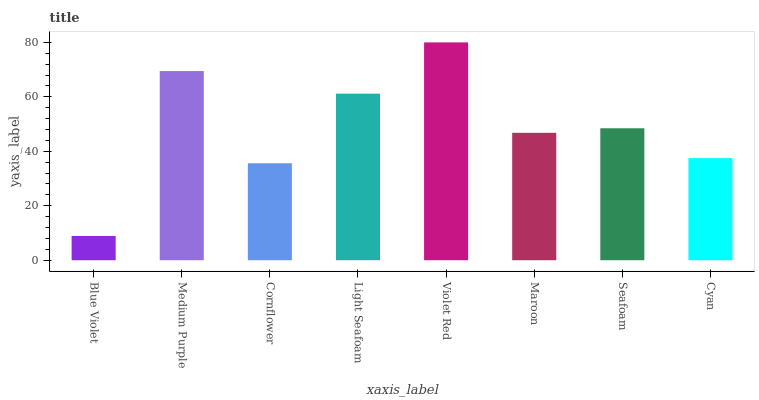
| xaxis_label | bars |
 | --- | --- |
 | Blue Violet | 8.91 |
 | Medium Purple | 69.5 |
 | Cornflower | 35.6 |
 | Light Seafoam | 61.2 |
 | Violet Red | 80 |
 | Maroon | 46.8 |
 | Seafoam | 48.5 |
 | Cyan | 37.5 |